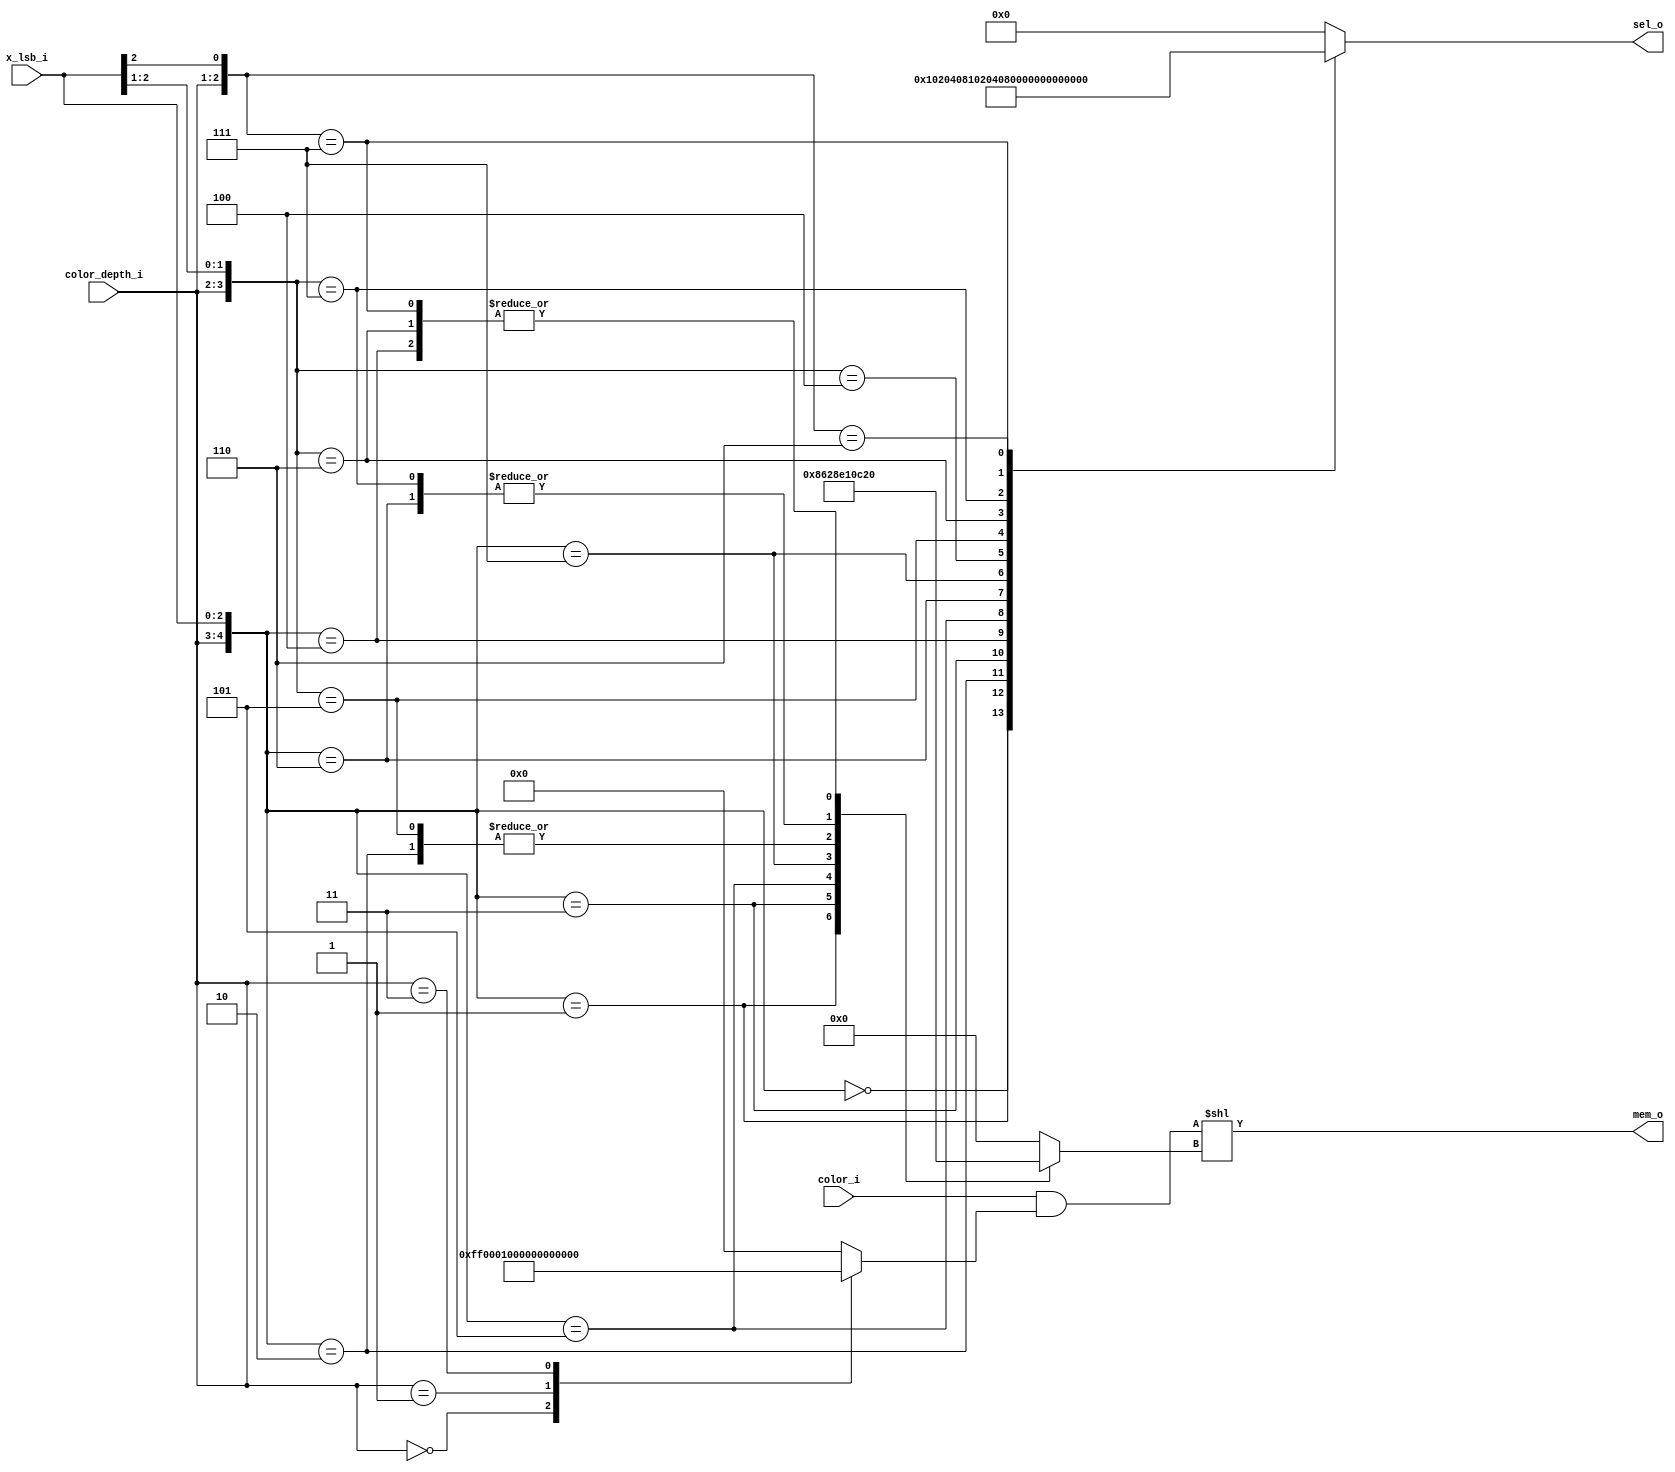
/*
ORSoC GFX accelerator core
Copyright 2012, ORSoC, Per Lenander, Anton Fosselius.

Components for aligning colored pixels to memory and the inverse

 This file is part of orgfx.

 orgfx is free software: you can redistribute it and/or modify
 it under the terms of the GNU Lesser General Public License as published by
 the Free Software Foundation, either version 3 of the License, or
 (at your option) any later version. 

 orgfx is distributed in the hope that it will be useful,
 but WITHOUT ANY WARRANTY; without even the implied warranty of
 MERCHANTABILITY or FITNESS FOR A PARTICULAR PURPOSE.  See the
 GNU Lesser General Public License for more details.

 You should have received a copy of the GNU Lesser General Public License
 along with orgfx.  If not, see <http://www.gnu.org/licenses/>.

*/

module color_to_memory64(color_depth_i, color_i, x_lsb_i,
                       mem_o, sel_o);

input  [1:0]  color_depth_i;
input  [31:0] color_i;
input  [2:0]  x_lsb_i;
output [63:0] mem_o;
output reg [7:0]  sel_o;

always @*
casez({color_depth_i,x_lsb_i})
5'b00000:	sel_o <= 8'h01;
5'b00001:	sel_o <= 8'h02;
5'b00010:	sel_o <= 8'h04;
5'b00011:	sel_o <= 8'h08;
5'b00100:	sel_o <= 8'h10;
5'b00101:	sel_o <= 8'h20;
5'b00110:	sel_o <= 8'h40;
5'b00111:	sel_o <= 8'h80;
5'b0100?:	sel_o <= 8'h03;
5'b0101?:	sel_o <= 8'h0C;
5'b0110?:	sel_o <= 8'h30;
5'b0111?:	sel_o <= 8'hC0;
5'b110??:	sel_o <= 8'h0F;
5'b111??:	sel_o <= 8'hF0;
default:	sel_o <= 8'h00;
endcase

reg [5:0] shftcnt;
always @*
casez({color_depth_i,x_lsb_i})
5'b00000:	shftcnt <= 6'd0;
5'b00001:	shftcnt <= 6'd8;
5'b00010:	shftcnt <= 6'd16;
5'b00011:	shftcnt <= 6'd24;
5'b00100:	shftcnt <= 6'd32;
5'b00101:	shftcnt <= 6'd40;
5'b00110:	shftcnt <= 6'd48;
5'b00111:	shftcnt <= 6'd56;
5'b0100?:	shftcnt <= 6'd0;
5'b0101?:	shftcnt <= 6'd16;
5'b0110?: shftcnt <= 6'd32;
5'b0111?: shftcnt <= 6'd48;
5'b110??:	shftcnt <= 6'd0;
5'b111??:	shftcnt <= 6'd32;
default:	shftcnt <= 6'd0;
endcase

reg [31:0] mask;
always @*
case(color_depth_i)
2'b00:	mask <= 32'h000000FF;
2'b01:	mask <= 32'h0000FFFF;
2'b11:	mask <= 32'hFFFFFFFF;
default:	mask <= 32'h00000000;
endcase

assign mem_o = {32'd0,color_i & mask} << shftcnt;

endmodule

module memory_to_color64(color_depth_i, mem_i, mem_lsb_i,
                       color_o, sel_o);

input  [1:0]  color_depth_i;
input  [63:0] mem_i;
input  [2:0]  mem_lsb_i;
output reg [31:0] color_o;
output reg [3:0]  sel_o;

always @*
case(color_depth_i)
2'b00:	sel_o <= 4'b0001;
2'b01:	sel_o <= 4'b0011;
2'b11:	sel_o <= 4'b1111;
default:	sel_o <= 4'b0000;
endcase

reg [5:0] shftcnt;
always @*
casez({color_depth_i,mem_lsb_i})
5'b00000:	shftcnt <= 6'd0;
5'b00001:	shftcnt <= 6'd8;
5'b00010:	shftcnt <= 6'd16;
5'b00011:	shftcnt <= 6'd24;
5'b00100:	shftcnt <= 6'd32;
5'b00101:	shftcnt <= 6'd40;
5'b00110:	shftcnt <= 6'd48;
5'b00111:	shftcnt <= 6'd56;
5'b0100?:	shftcnt <= 6'd0;
5'b0101?:	shftcnt <= 6'd16;
5'b0110?: shftcnt <= 6'd32;
5'b0111?: shftcnt <= 6'd48;
5'b110??:	shftcnt <= 6'd0;
5'b111??:	shftcnt <= 6'd32;
default:	shftcnt <= 6'd0;
endcase

reg [31:0] mask;
always @*
case(color_depth_i)
2'b00:	mask <= 32'h000000FF;
2'b01:	mask <= 32'h0000FFFF;
2'b11:	mask <= 32'hFFFFFFFF;
default:	mask <= 32'h00000000;
endcase

always @*
	color_o <= (mem_i >> shftcnt) & mask;

endmodule